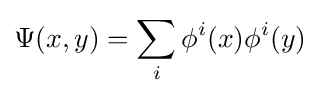
\Psi (x,y)=\sum _{i}\phi ^{i}(x)\phi ^{i}(y)